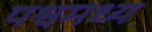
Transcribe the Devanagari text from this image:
पश्वमध्य